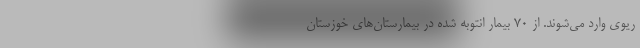
ریوی وارد می‌شوند. از ۷۰ بیمار انتوبه شده در بیمارستان‌های خوزستان